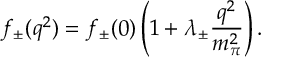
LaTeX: f _ { \pm } ( q ^ { 2 } ) = f _ { \pm } ( 0 ) \left( 1 + \lambda _ { \pm } \frac { q ^ { 2 } } { m _ { \pi } ^ { 2 } } \right) .